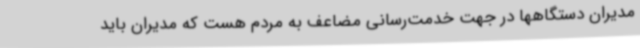
مدیران دستگاهها در جهت خدمت‌رسانی مضاعف به مردم هست که مدیران باید